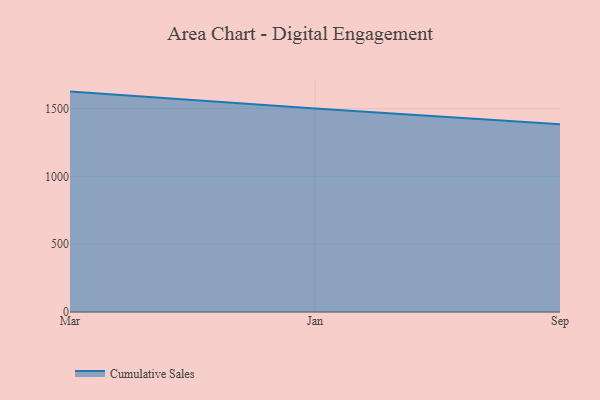
{"axis": {"x": "Month", "y": "Customer Acquisition Cost (USD)"}, "legend": ["Cumulative Sales"], "data": [{"x": "Mar", "y": 1625.3, "type": "Cumulative Sales"}, {"x": "Jan", "y": 1500.6, "type": "Cumulative Sales"}, {"x": "Sep", "y": 1384.6, "type": "Cumulative Sales"}]}